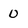
Character: 0